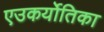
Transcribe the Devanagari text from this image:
एउकर्योतिका